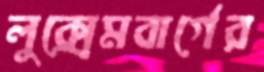
লুক্সেমবার্গের